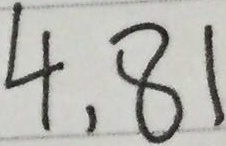
4 , 8 1